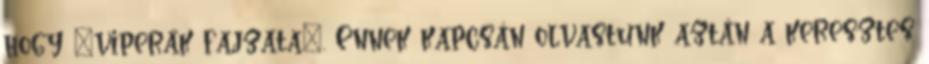
hogy "viperák fajzata". Ennek kapcsán olvastunk aztán a keresztes